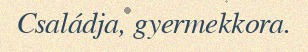
Családja, gyermekkora.